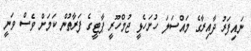
ނައިފަރު ދާއިރާގެ މައްސަލަ ހުށަހެޅީ ޖުމްހޫރީ ޕާޓީގެ ފަރާތުން ކަމަށް ވެސް ވަނީ